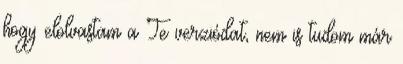
hogy elolvastam a Te verziódat, nem is tudom már